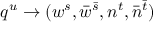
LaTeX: q ^ { u } \to ( w ^ { s } , \bar { w } ^ { \bar { s } } , n ^ { t } , \bar { n } ^ { \bar { t } } )